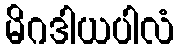
မိဂဒါယပါလံ